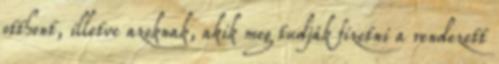
otthont, illetve azoknak, akik meg tudják fizetni a rendezett